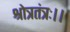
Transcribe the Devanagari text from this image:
श्रोत्रतंत्रः।।